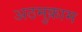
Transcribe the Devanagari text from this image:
अठमुक़ाम